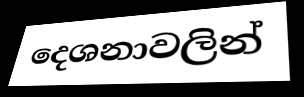
දෙශනාවලින්